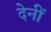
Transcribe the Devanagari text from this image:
देनीं